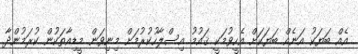
އެއް ބަޔަކު އަނެއް ބަޔަކަށް އެހީވުމަކީ ޤައުމު އިސްލާހުކުރުމަށް މިނިވަން މީޑިއާތަކުން ކުރަމުންދާ